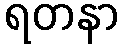
ရတနာ